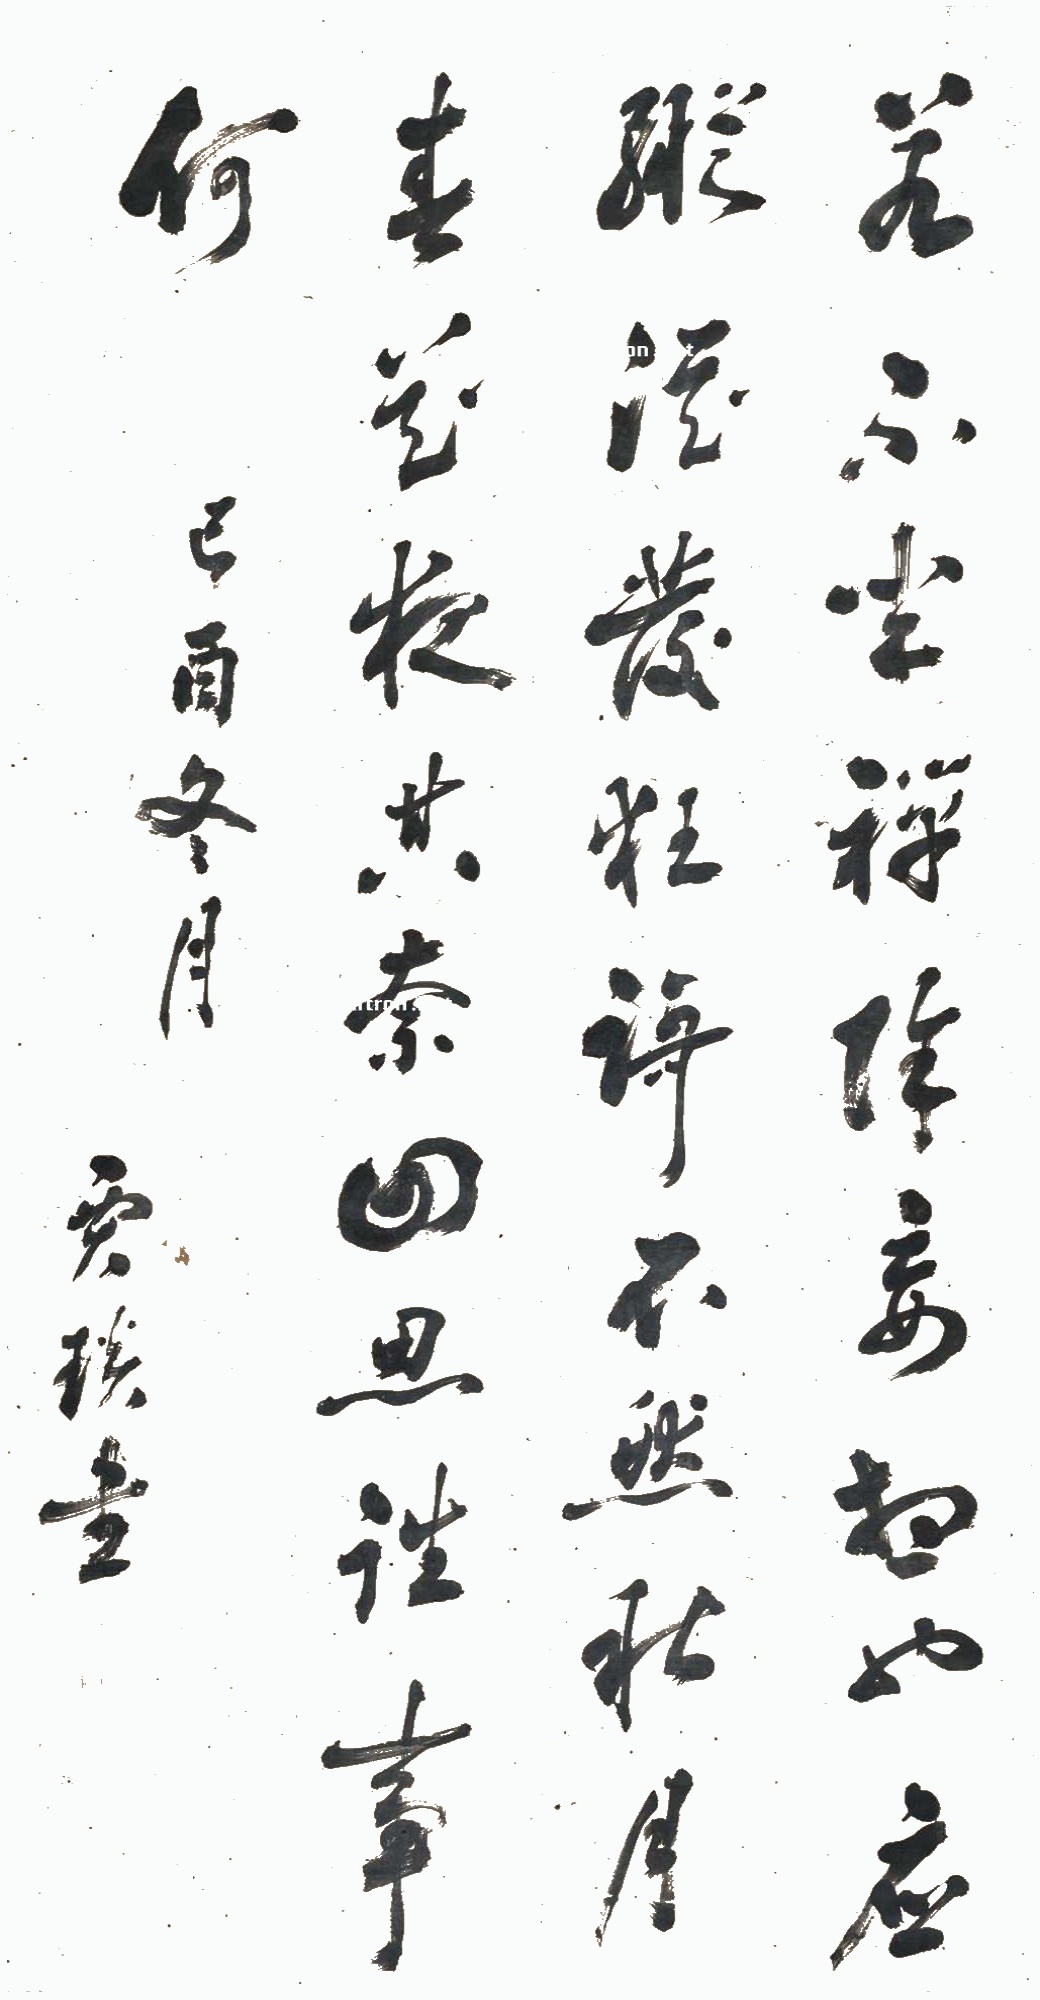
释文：若不坐禅除妄想，即应纵酒彂狂歌。不然秋月春花夜，其奈回思往事何。己酉冬月，贾琰书。